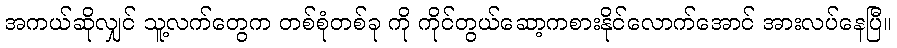
အကယ်ဆိုလျှင် သူ့လက်တွေက တစ်စုံတစ်ခု ကို ကိုင်တွယ်ဆော့ကစားနိုင်လောက်အောင် အားလပ်နေပြီ။